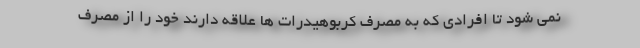
نمی شود تا افرادی که به مصرف کربوهیدرات ها علاقه دارند خود را از مصرف